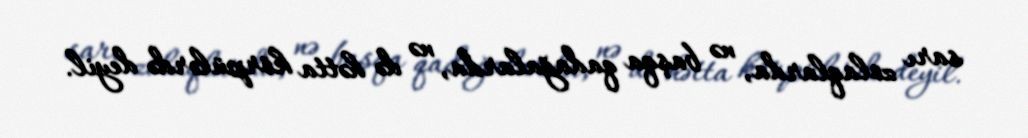
sarı zolaqlarda, nə başqa qadağalarda, nə də hətta körpülərdə deyil.